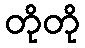
တိုတို